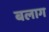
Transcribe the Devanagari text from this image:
बलाग